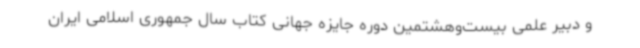
و دبیر علمی بیست‌وهشتمین دوره جایزه جهانی کتاب سال جمهوری اسلامی ایران